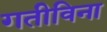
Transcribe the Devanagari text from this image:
गतीविना